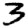
Digit: 3